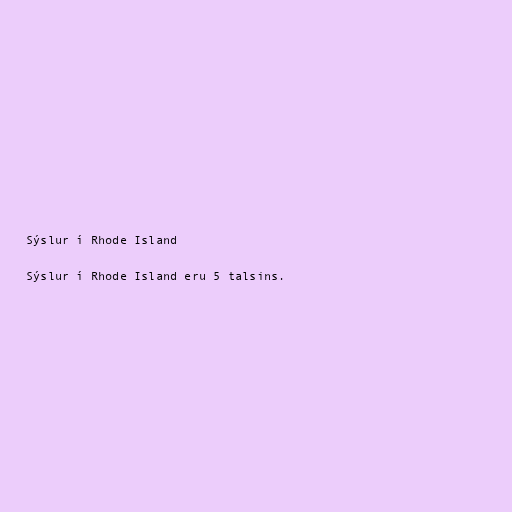
Sýslur í Rhode Island

Sýslur í Rhode Island eru 5 talsins.